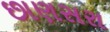
છાણસરા